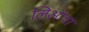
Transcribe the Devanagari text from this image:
लिओचा